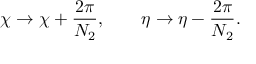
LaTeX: \chi \to \chi + \frac { 2 \pi } { N _ { 2 } } , \qquad \eta \to \eta - \frac { 2 \pi } { N _ { 2 } } .